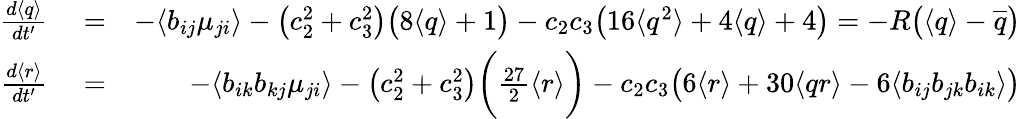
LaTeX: \begin{array}{rlr}{\frac{d\langle q\rangle}{dt^{\prime}}}&{{}=}&{-\langle b_{ij}\mu_{ji}\rangle-\big(c_{2}^{2}+c_{3}^{2}\big)\big(8\langle q\rangle+1\big)-c_{2}c_{3}\big(16\langle q^{2}\rangle+4\langle q\rangle+4\big)=-R\big(\langle q\rangle-\overline{{q}}\big)}\\ {\frac{d\langle r\rangle}{dt^{\prime}}}&{{}=}&{-\langle b_{ik}b_{kj}\mu_{ji}\rangle-\big(c_{2}^{2}+c_{3}^{2}\big)\bigg(\frac{27}{2}\langle r\rangle\bigg)-c_{2}c_{3}\big(6\langle r\rangle+30\langle qr\rangle-6\langle b_{ij}b_{jk}b_{ik}\rangle\big)}\end{array}